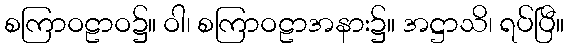
စကြာဝဠာဝ၌။ ဝါ၊ စကြာဝဠာအနား၌။ အဋ္ဌာသိ၊ ရပ်ပြီ။